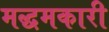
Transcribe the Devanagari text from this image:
मद्धमकारी